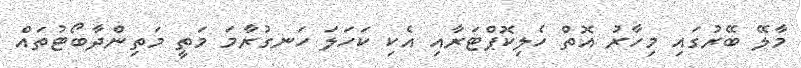
މާލޭ ބޭރުގައި މިހާރު އޮތް ހެލިކޮޕްޓަރާއި އެކި ކަހަލަ ހަނގުރާމަ މަތީ މަތިންދާބޯޓުތައް